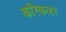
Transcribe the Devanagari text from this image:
करिकलर